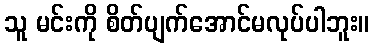
သူ မင်းကို စိတ်ပျက်အောင်မလုပ်ပါဘူး။